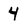
Character: 4